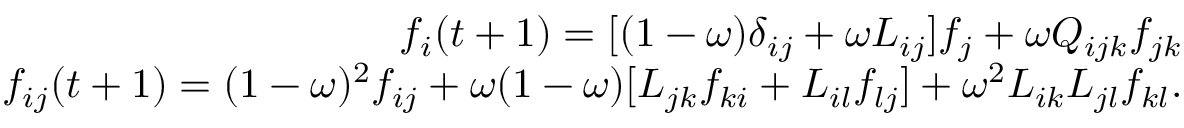
\begin{array} { r } { f _ { i } ( t + 1 ) = [ ( 1 - \omega ) \delta _ { i j } + \omega L _ { i j } ] f _ { j } + \omega Q _ { i j k } f _ { j k } } \\ { f _ { i j } ( t + 1 ) = ( 1 - \omega ) ^ { 2 } f _ { i j } + \omega ( 1 - \omega ) [ L _ { j k } f _ { k i } + L _ { i l } f _ { l j } ] + \omega ^ { 2 } L _ { i k } L _ { j l } f _ { k l } . } \end{array}